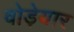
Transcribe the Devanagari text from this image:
वोड़ेयार